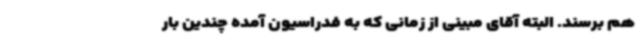
هم برسند. البته آقای مبینی از زمانی که به فدراسیون آمده چندین بار